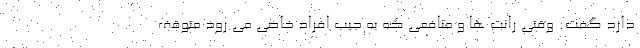
دارد گفت: وقتی رانت ها و منافعی که به جیب افراد خاصی می رود متوقف